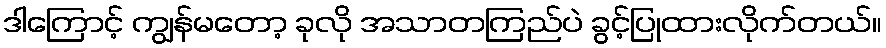
ဒါကြောင့် ကျွန်မတော့ ခုလို အသာတကြည်ပဲ ခွင့်ပြုထားလိုက်တယ်။